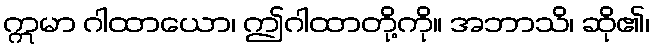
ဣမာ ဂါထာယော၊ ဤဂါထာတို့ကို။ အဘာသိ၊ ဆို၏၊